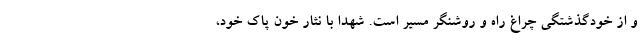
و از خودگذشتگی چراغ راه و روشنگر مسیر است. شهدا با نثار خون پاک خود،